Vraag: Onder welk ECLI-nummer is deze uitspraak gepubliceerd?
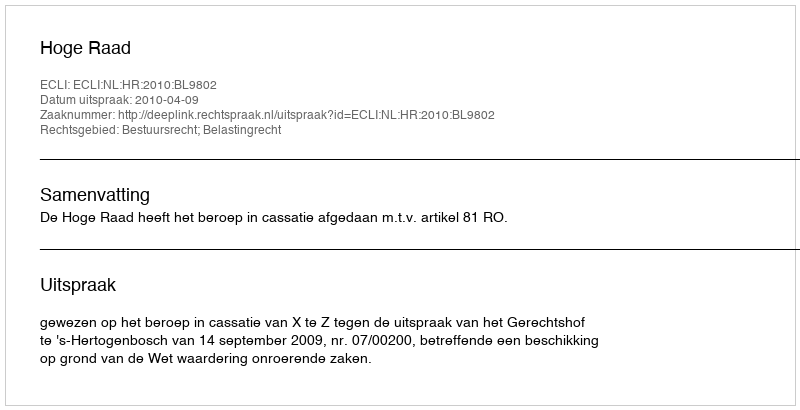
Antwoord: ECLI:NL:HR:2010:BL9802